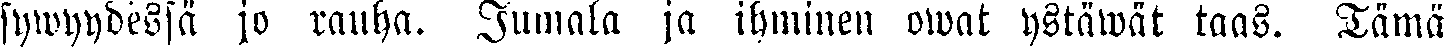
sywyydessä jo rauha. Jumala ja ihminen owat ystäwät taas. Tämä